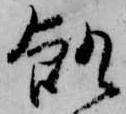
飢